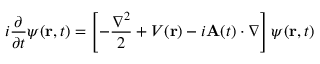
i \frac { \partial } { \partial t } \psi ( \mathbf { r } , t ) = \left[ - \frac { \nabla ^ { 2 } } { 2 } + V ( \mathbf { r } ) - i \mathbf { A } ( t ) \cdot \nabla \right] \psi ( \mathbf { r } , t )